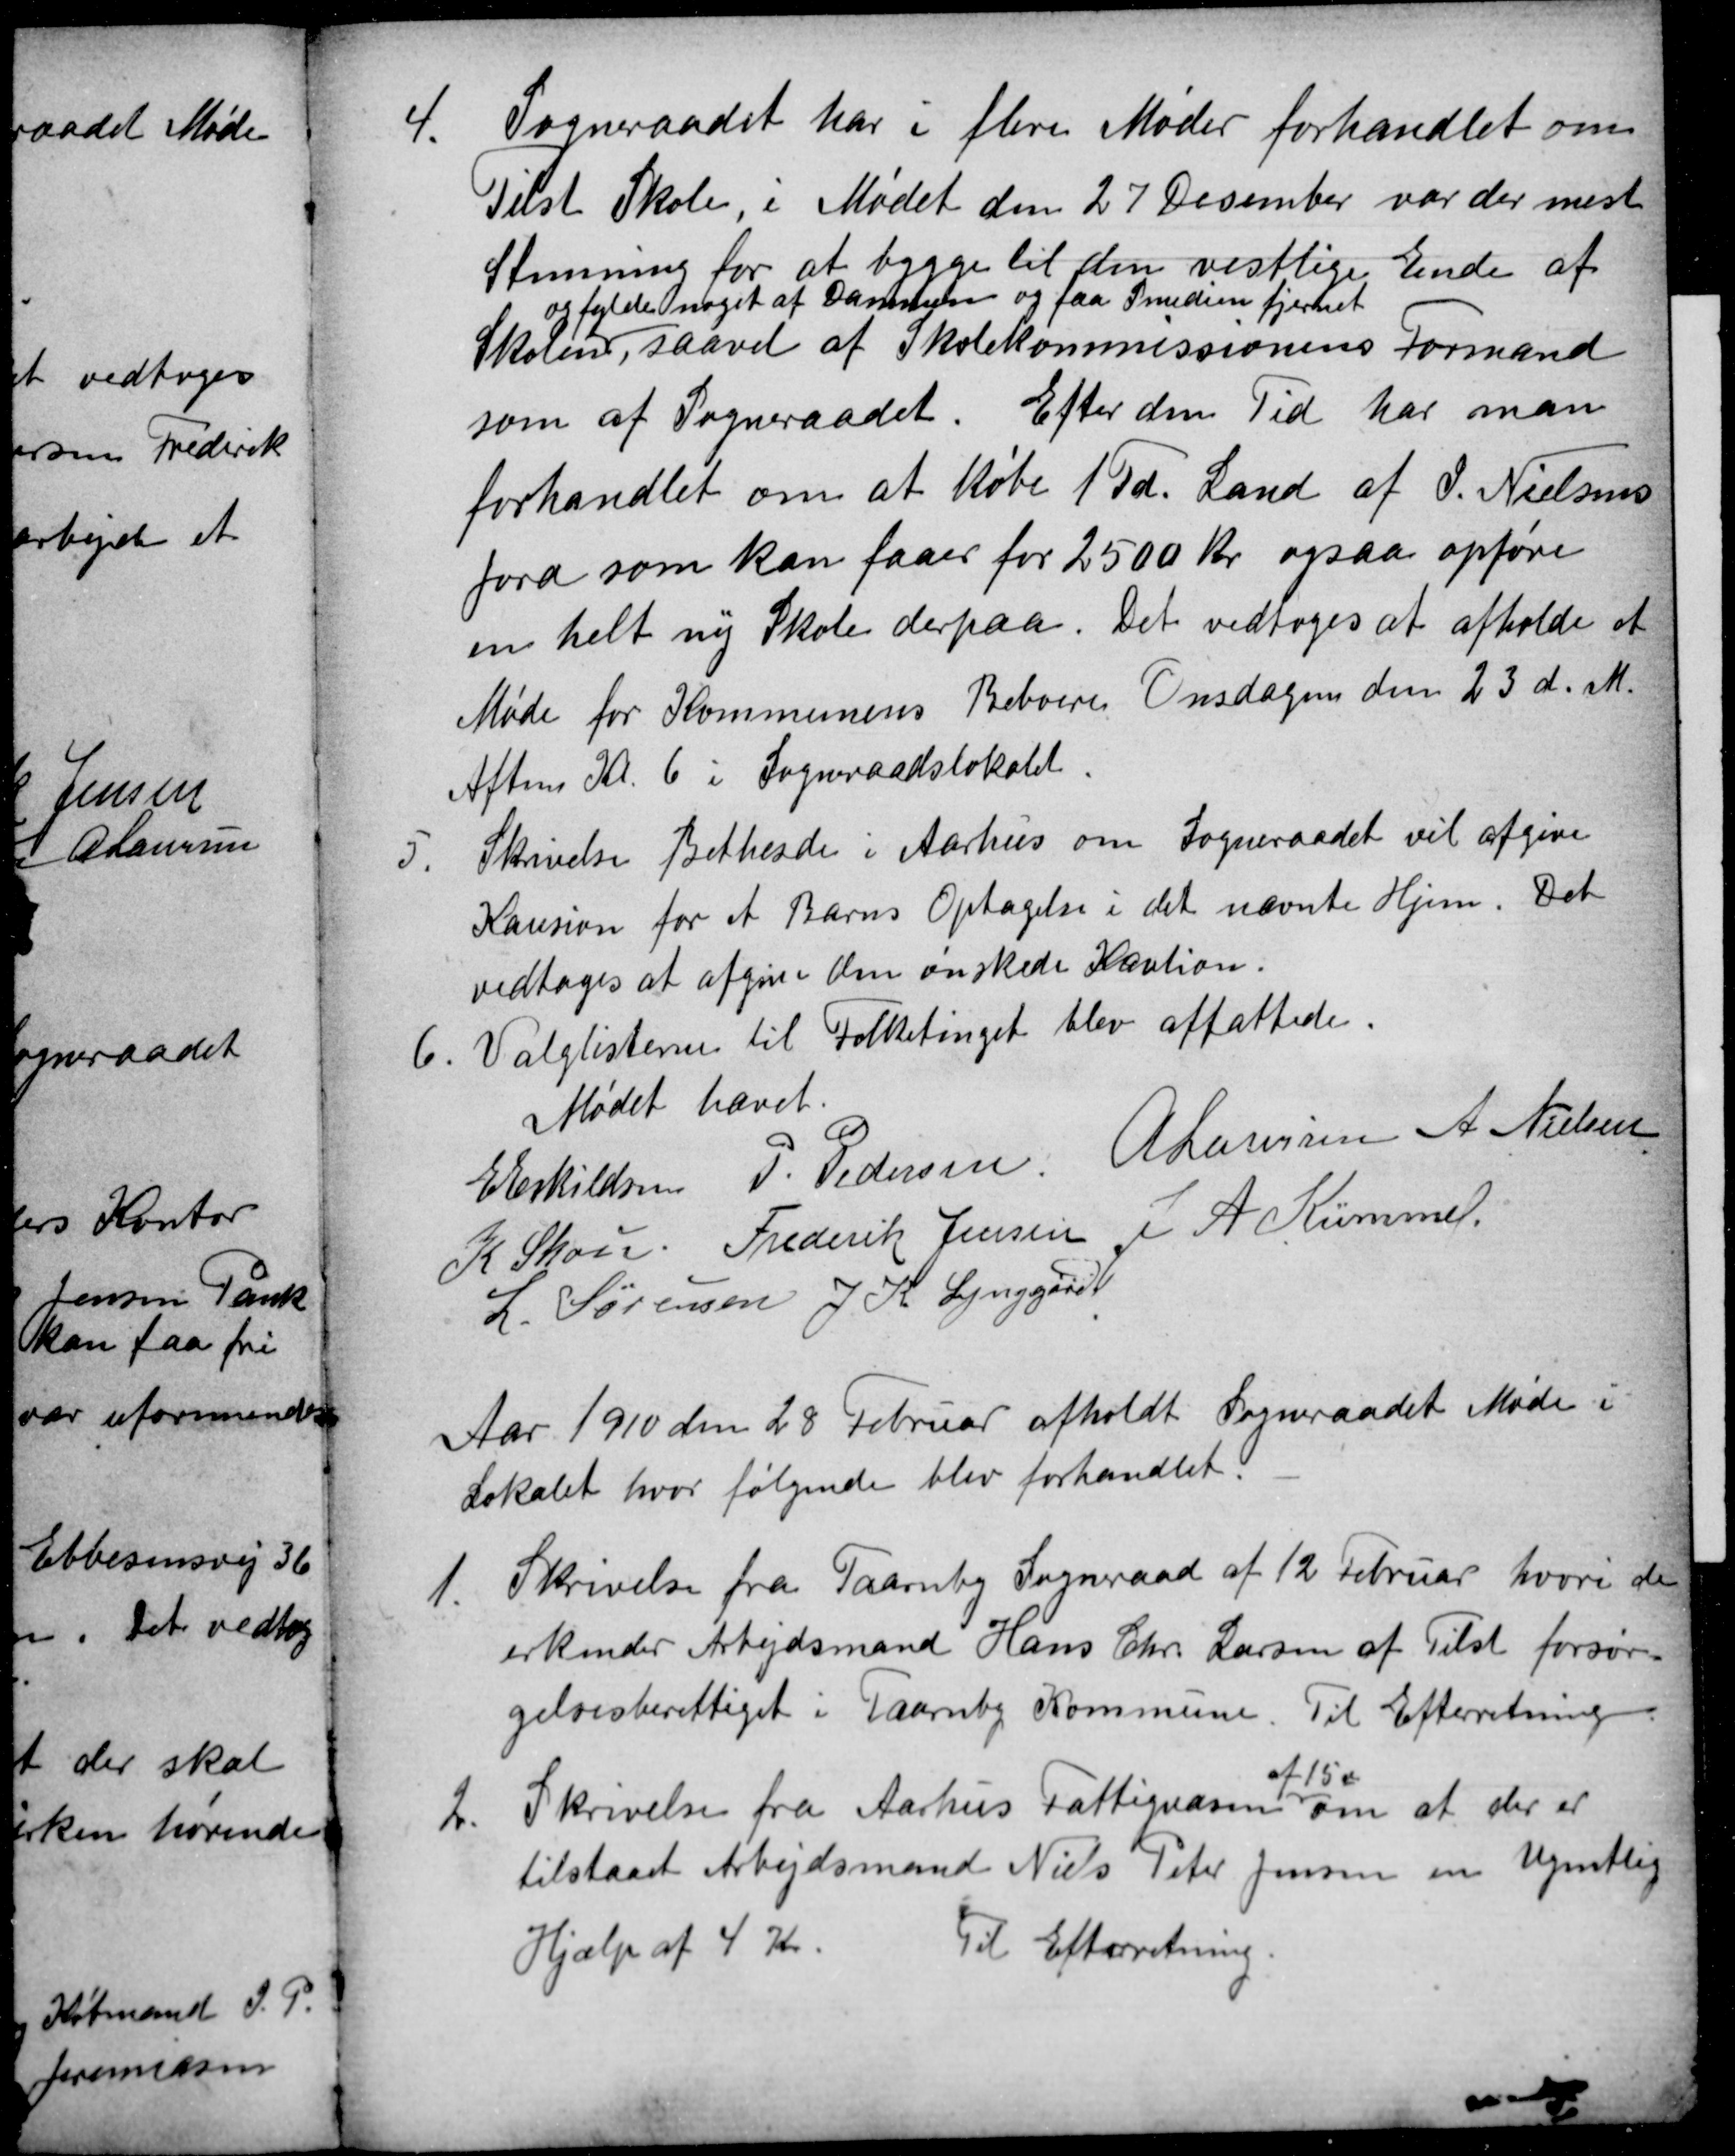
Transskription:
4.
Sogneraadet har i flere Møder forhandlet om
Tilst Skole, i Mødet den 27 Desember var der mest
Stemning for at bygge til den vestlige Ende af
Skolen,
og fylde noget af Dammen og faa Smedien fjernet
saavel af Skolekommissionens Formand
som af Sogneraadet. Efter den Tid har man
forhandlet om at købe 1 Td. Land af J. Nielsens
Jord som kan faaes for 2500 Kr ogsaa opføre
en helt ny Skole derpaa. Det vedtoges at afholde et
Møde for Kommunens Beboere Onsdagen den 23 d. M.
Aftens Kl. 6 i Sogneraadslokalet
5.
Skrivelse Bethesda i Aarhus om Sogneraadet vil afgive
Kausion for et Barns Optagelse i det nævnte Hjem. Det
vedtoges at afgive den ønskede Kaution.
Valglisterne til Folketinget blev affattede.
6.
Mødet hævet.
E Eskildsen P. Pedersen A Laursen A Nielsen
K Skou Frederik Jensen J A Kümmel.
L. Sørensen J. K. Lynggård
Aar 1910 den 28 Februar afholdt Sogneraadet Møde i
Lokalet, hvor følgende blev forhandlet.
1.
Skrivelse fra Taarnby Sogneraad af 12 Februar, hvori de
erkender Arbejdsmand Hans Chr. Larsen af Tilst forsør
gelsesberettiget i Taarnby Kommune. Til Efterretning.
2
Skrivelse fra Aarhus Fattigvæsen 
af 15de
om at der er
tilstaaet Arbejdsmand Niels Peter Jensen en Ugentlig
Hjælp af 4 Kr.
Til Efterretning.